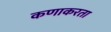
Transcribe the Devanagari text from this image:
कणाकरता